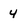
Character: 4